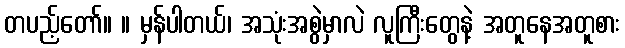
တပည့်တော်။ ။ မှန်ပါတယ်၊ အသုံးအစွဲမှာလဲ လူကြီးတွေနဲ့ အတူနေအတူစား